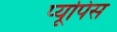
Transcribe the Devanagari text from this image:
प्यूपिस